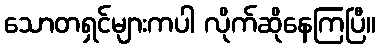
သောတရှင်များကပါ လိုက်ဆိုနေကြပြီ။